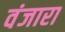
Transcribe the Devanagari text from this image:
वंजारा